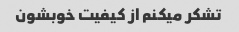
تشکر میکنم از کیفیت خوبشون